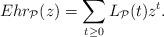
LaTeX: \begin{align*} Ehr_{\mathcal{P}}(z) = \sum_{t \geq 0} L_{\mathcal{P}}(t)z^t.\end{align*}